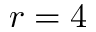
r = 4